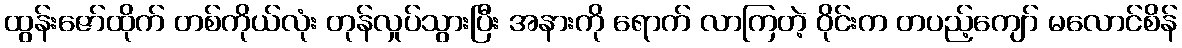
ထွန်းဇော်ထိုက် တစ်ကိုယ်လုံး တုန်လှုပ်သွားပြီး အနားကို ရောက် လာကြတဲ့ ဝိုင်းက တပည့်ကျော် မလောင်စိန်